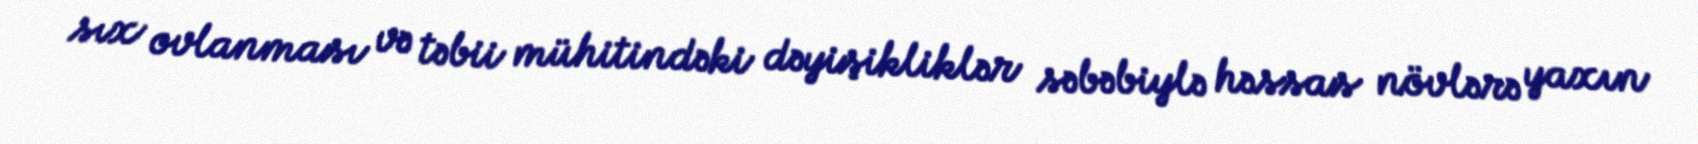
sıx ovlanması və təbii mühitindəki dəyişikliklər səbəbiylə həssas növlərə yaxın